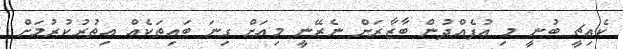
ކެއިޗީ ބުނީ މި އުފެއްދުން ބާޒާރަށް ނެރޭނީ މިއަށް ގިނަ ބައިތަކެއް އިތުރުކުރުމަށް